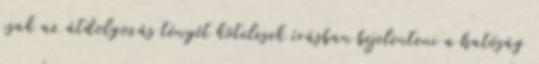
csak az átdolgozás tényét kötelesek írásban bejelenteni a hatóság